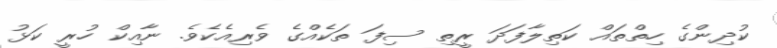
ކުދިންގެ ހިތްތައް ކަތިލާފަދަ ރީތި ސިފަ ތަކެއްގެ ވެރިއެކެވެ. ނާއިކް ހުރީ ކަޅު